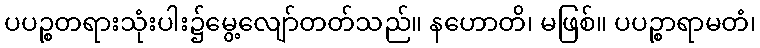
ပပဉ္စတရားသုံးပါး၌မွေ့လျော်တတ်သည်။ နဟောတိ၊ မဖြစ်။ ပပဉ္စာရာမတံ၊